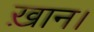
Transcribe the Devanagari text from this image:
ख़ान।